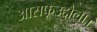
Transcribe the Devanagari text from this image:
आसफूउद्दौला।